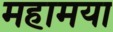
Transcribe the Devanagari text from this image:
महामया